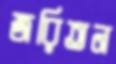
জরিতন